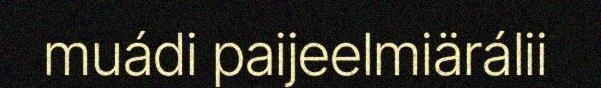
muádi paijeelmiärálii